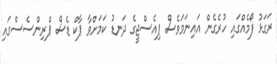
ރަގަޅު ފޯމެއްގައި ހުރެގެން އައިނަމަވެސް ޕިއެސްޖީގެ ދަނޑު ކަމަށްވާ ޕާކް ޑެސް ޕްރިންސެސްގައި